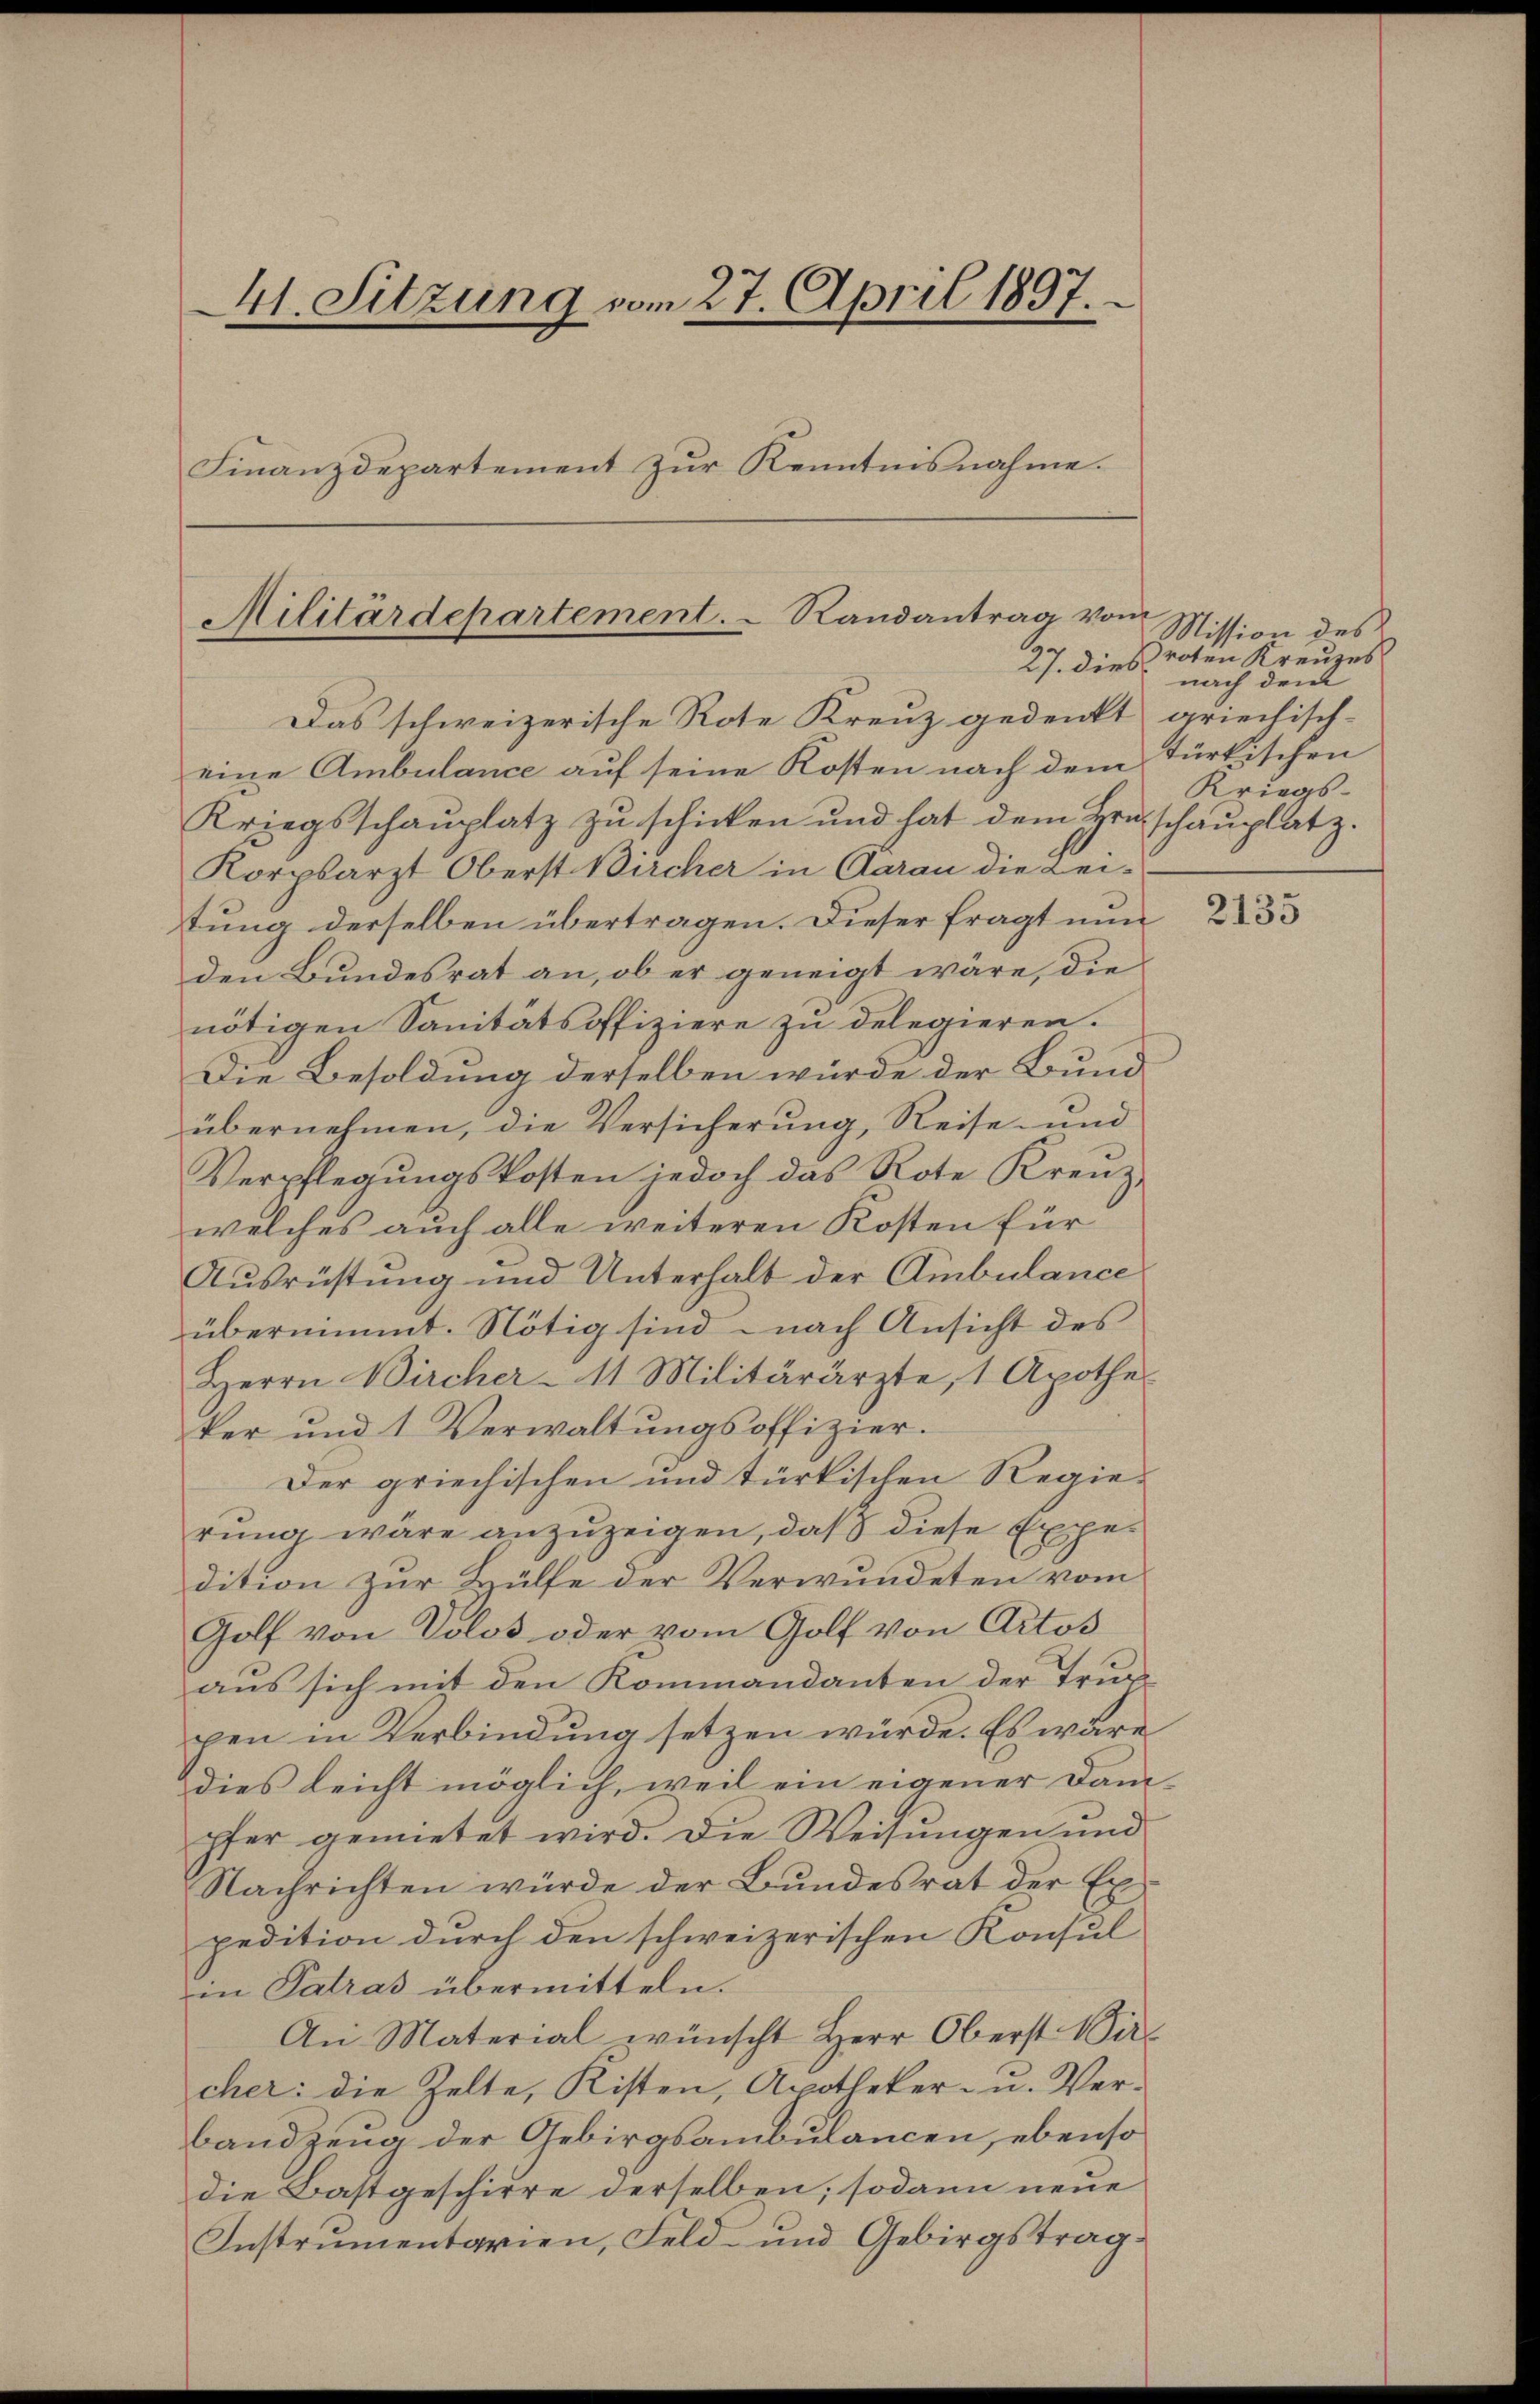
41. Sitzung vom 27. April 1897.
Finanzdepartement zŭr Kenntnisnahme.

Das schweizerische Rote Kreuz gedenkt griechisch-
eine Ambulance auf seine Kosten nach dem Türkischen
Kriegsschaŭplatz zŭ schicken und hat dem Hruschaŭplatz.
Korpsarzt Oberst Bircher in Aarau die Lei-
tung derselben übertragen. Dieser fragt nun
den Bundesrat an, ob er geneigt wäre, die
nötigen Sanitätsoffiziere zu delegieren.
Die Besoldung derselben würde der Bund
übernehmen, die Versicherung, Reise- und
Verpflegŭngskosten jedoch das Rote Kreuz.
welches auch alle weiteren Kosten für
Ausrüstung und Unterhalt der Ambulance
übernimmt. Nötig sind nach Ansicht des
Herrn Bircher-11 Militärärzte, 1 Apothe
ker und 1 Verwaltungsoffizier.
Der griechischen und türkischen Regie-
rung wäre anzuzeigen, daß diese Expe
dition zur Hülfe der Verwundeten vom
Golf von Volos oder vom Golf von Artos
aus sich mit den Kommandanten der Trurpen in Verbindung setzen würde. Es wäre
dies leicht möglich, weil ein eigener Dampfer gemietet wird. Die Weisungen und
Nachrichten würde der Bundesrat der Expedition durch den schweizerischen Konsul
in Patras übermitteln.
An Material wünscht Herr Oberst ir
cher: die Zelte, Kisten, Apotheker- u. Verbandzena der Gebirgsambulancen, ebenso
die Bastgeschirre derselben; sodann neue
Instrumentarien, Feld- und Gebirgstrag¬

Militärdepartement.  Randantrag vom
27. dies

Mission des
roten Kreuzes
nach dem
Kriegs-

2135